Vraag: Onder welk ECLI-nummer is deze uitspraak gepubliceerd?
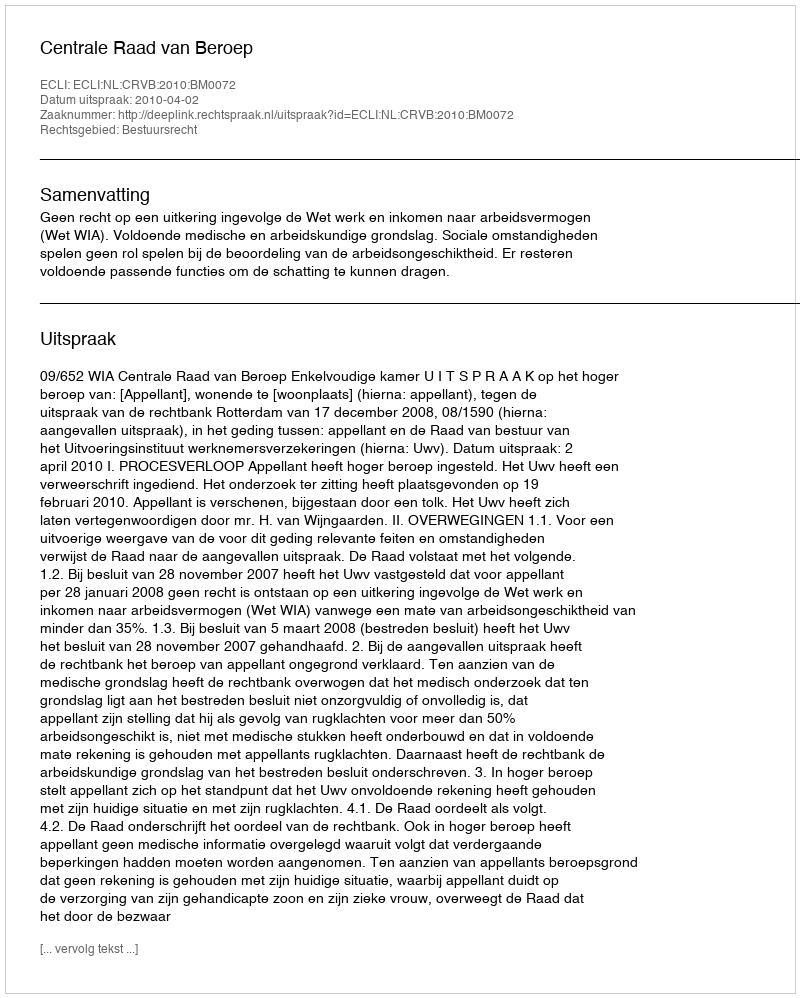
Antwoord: ECLI:NL:CRVB:2010:BM0072